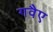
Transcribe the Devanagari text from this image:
गवैए